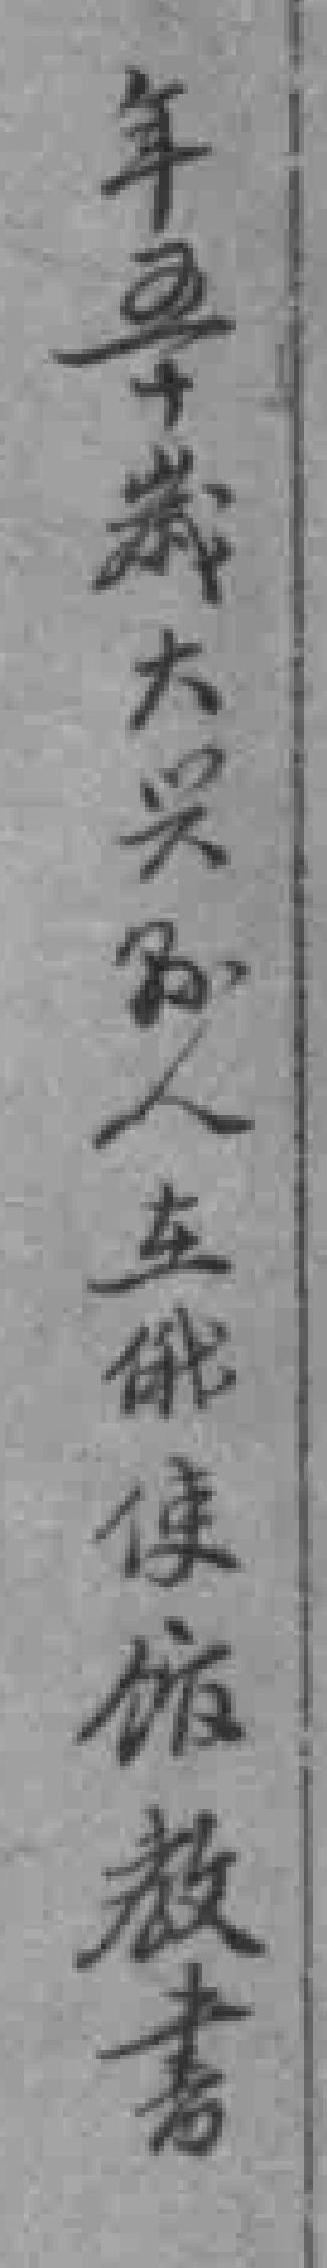
年五十歲大兴縣人在俄使馆教書